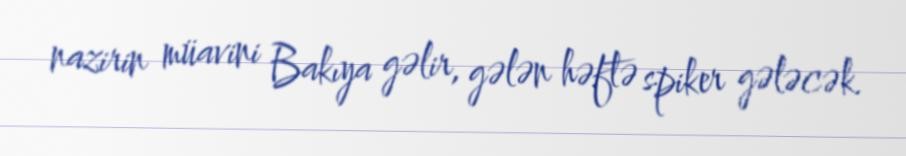
nazirin müavini Bakıya gəlir, gələn həftə spiker gələcək.